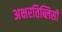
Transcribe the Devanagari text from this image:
अक्षरतिब्लिसी